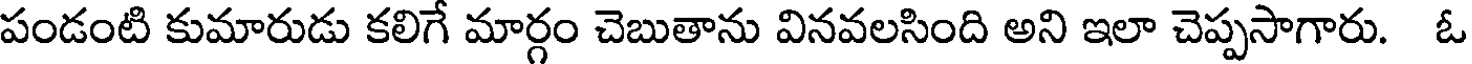
పండంటి కుమారుడు కలిగే మార్గం చెబుతాను వినవలసింది అని ఇలా చెప్పసాగారు. ఓ